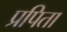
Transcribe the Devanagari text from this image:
प्रपिता